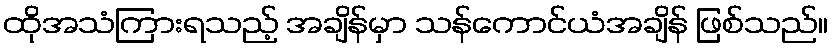
ထိုအသံကြားရသည့် အချိန်မှာ သန်ကောင်ယံအချိန် ဖြစ်သည်။